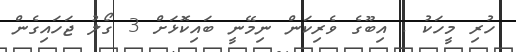
ހުރި މީހަކު . އިބޫގެ ވެރިކަން ނިމޭނީ ބައިކޮޅަށް 3 ގޯލު ޖަހައިގެން